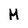
Character: M